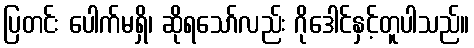
ပြတင်း ပေါက်မရှိ၊ ဆိုရသော်လည်း ဂိုဒေါင်နှင့်တူပါသည်။